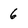
Character: 6